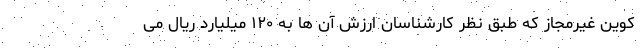
کوین غیرمجاز که طبق نظر کارشناسان ارزش آن ها به ۱۲۰ میلیارد ریال می